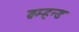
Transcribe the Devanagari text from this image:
ब्रम्हन्ड